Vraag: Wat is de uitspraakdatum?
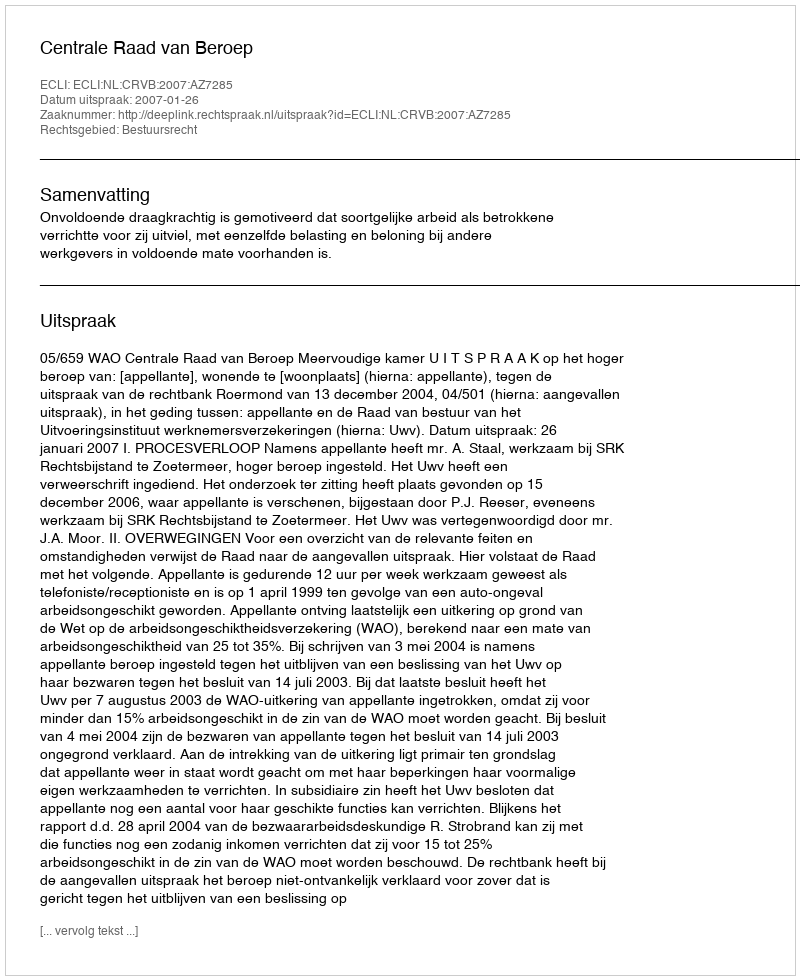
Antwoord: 2007-01-26